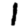
Digit: 1